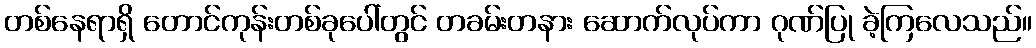
တစ်နေရာရှိ တောင်ကုန်းတစ်ခုပေါ်တွင် တခမ်းတနား ဆောက်လုပ်ကာ ဂုဏ်ပြု ခဲ့ကြလေသည်။